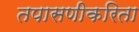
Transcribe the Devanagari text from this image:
तपासणीकरिता